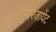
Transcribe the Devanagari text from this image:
सुपरजायेंट